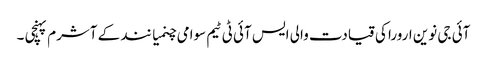
آئی جی نوین ارورا کی قیادت والی ایس آئی ٹی ٹیم سوامی چنمیا نند کے آشرم پہنچی ۔